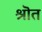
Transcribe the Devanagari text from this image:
श्रॊत